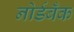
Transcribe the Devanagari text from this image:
नोर्डबँक